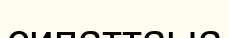
сипаттаыа